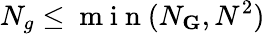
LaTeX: N_{g}\leq\mathrm{~m~i~n~}(N_{\textbf{G}},N^{2})